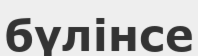
бүлінсе